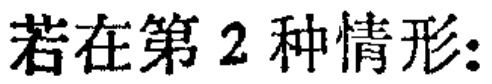
若在第 2 种情形：